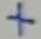
Text: +